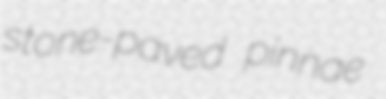
stone-paved pinnae